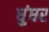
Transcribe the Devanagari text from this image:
धुंधर